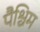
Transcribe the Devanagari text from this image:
पैश्चिम